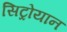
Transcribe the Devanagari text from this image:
सिट्रोयान